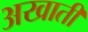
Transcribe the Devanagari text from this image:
अखाती